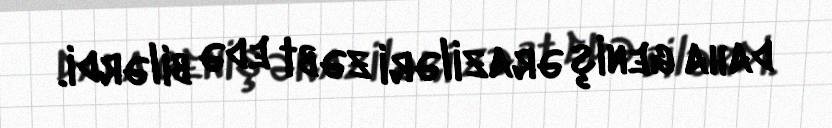
daha geniş əraziləri zəbt edə bilərdi.